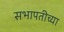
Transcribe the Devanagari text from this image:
सभापतीच्या